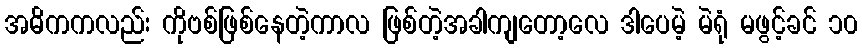
အဓိကကလည်း ကိုဗစ်ဖြစ်နေတဲ့ကာလ ဖြစ်တဲ့အခါကျတော့လေ ဒါပေမဲ့ မဲရုံ မဖွင့်ခင် ၁၀